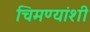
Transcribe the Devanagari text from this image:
चिमण्यांशी